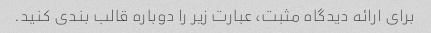
برای ارائه دیدگاه مثبت، عبارت زیر را دوباره قالب بندی کنید.